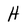
Character: H